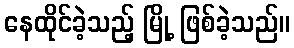
နေထိုင်ခဲ့သည့် မြို့ ဖြစ်ခဲ့သည်။